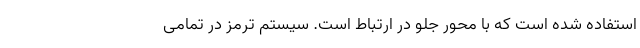
استفاده شده است که با محور جلو در ارتباط است. سیستم ترمز در تمامی